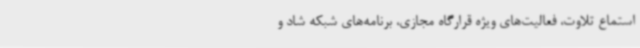
استماع تلاوت، فعالیت‌های ویژه قرارگاه مجازی، برنامه‌های شبکه شاد و